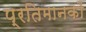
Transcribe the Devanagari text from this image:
प्रतिमानकों